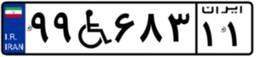
۳۰W۳۱۵۳۵